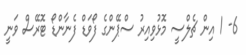
6- 1 އިން ޗެލްސީ މޮޅުވިއިރު ސްޕޭންގެ ފޯވަޑް ފެނާންޑޯ ޓޮރޭސް ވަނީ